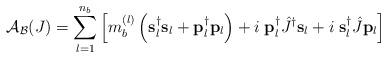
LaTeX: \begin{align*}{\mathcal{A}}_{\mathcal{B}}(J)=\sum\limits_{l=1}^{n_b}\left[m_b^{(l)}\left({\bf{s}}_l^{\dag}{\bf{s}}_l+{\bf{p}}_l^{\dag}{\bf{p}}_l\right)+i\;{\bf{p}}_l^{\dag}\hat{J}^{\dag}{\bf{s}}_l+i\;{\bf{s}}_l^{\dag}\hat{J}{\bf p}_l\right]\end{align*}